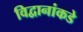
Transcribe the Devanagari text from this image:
विद्वानांकडे